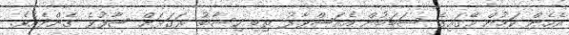
އެހެން ކަމުން މޭގައިގެ ސަބަބުން އެއަސްވާރު ތިބި ހިސާބު ރަގަޅަށް ސާފުވެ ގެންދެއެވެ.